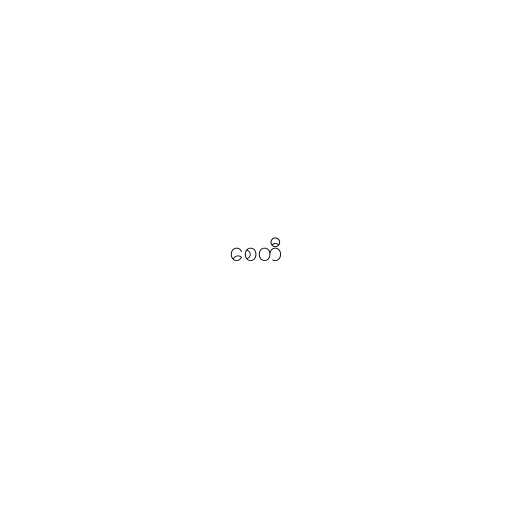
စေတီ